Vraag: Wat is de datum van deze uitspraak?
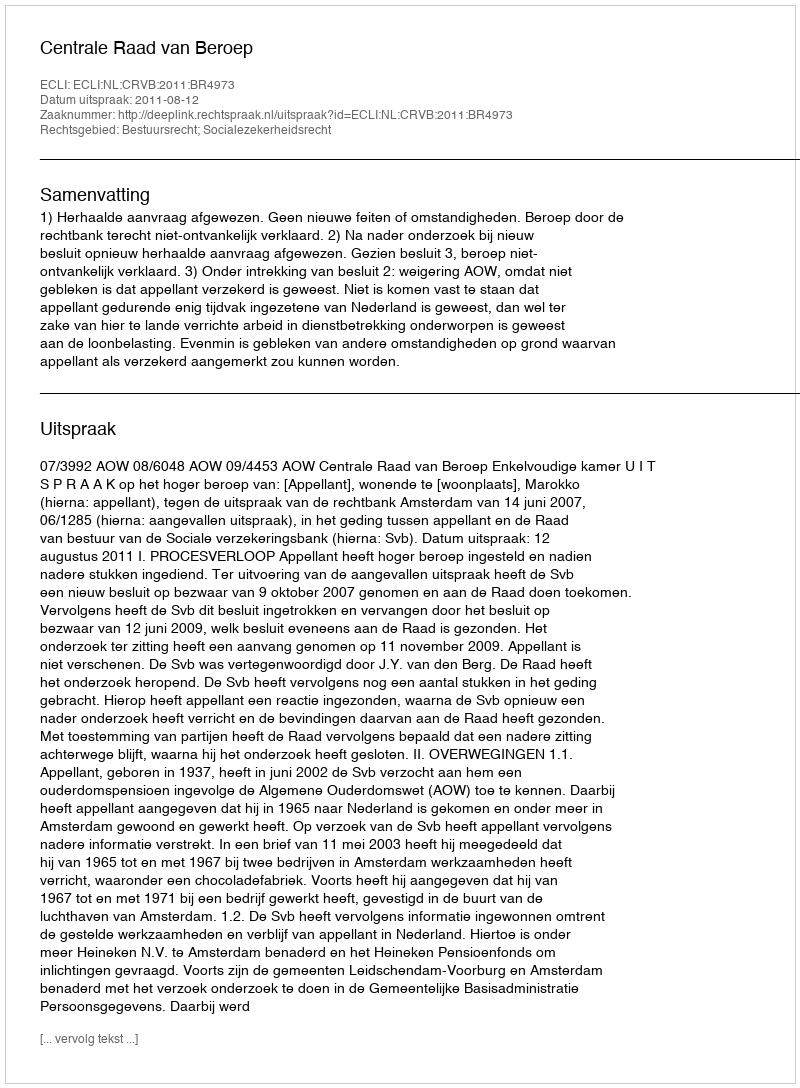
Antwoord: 2011-08-12